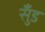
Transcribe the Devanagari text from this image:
सुँड